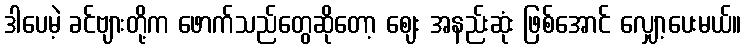
ဒါပေမဲ့ ခင်ဗျားတို့က ဖောက်သည်တွေဆိုတော့ ဈေး အနည်းဆုံး ဖြစ်အောင် လျှော့ပေးမယ်။